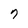
Character: 7